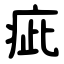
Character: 疵